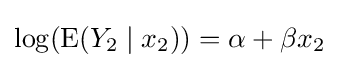
\log(\operatorname {E} (Y_{2}\mid x_{2}))=\alpha +\beta x_{2}